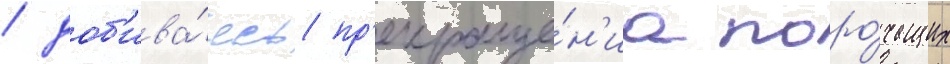
/ доб'ива́ясь пр'екраще́н'иа поро́чащих